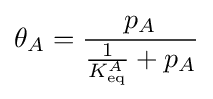
\theta _{A}={\frac {p_{A}}{{\frac {1}{K_{\text{eq}}^{A}}}+p_{A}}}